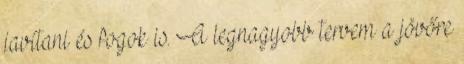
javítani és fogok is. A legnagyobb tervem a jövőre